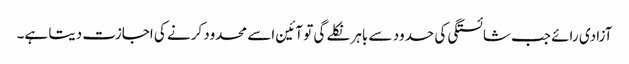
آزادی رائے جب شائستگی کی حدود سے باہر نکلے گی تو آئین اسے محدود کرنے کی اجازت دیتا ہے۔